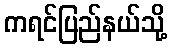
ကရင်ပြည်နယ်သို့